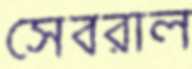
সেবরাল